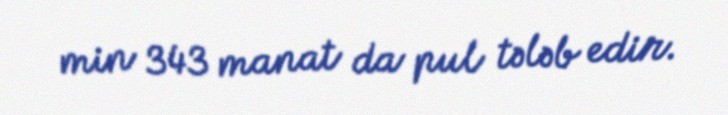
min 343 manat da pul tələb edir.